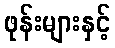
ဖုန်းများနှင့်